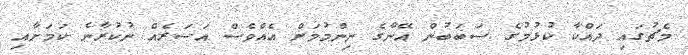
މެޗުގައި ދައްކާ ކުޅުމުގެ ސަބަބުން އޭނާގެ ނިންމުމަށް އެއްވެސް އަސަރެއް ނުކުރާނެ ކަމަށާއި